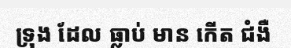
ទ្រុង ដែល ធ្លាប់ មាន កើត ជំងឺ